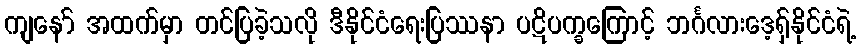
ကျနော် အထက်မှာ တင်ပြခဲ့သလို ဒီနိုင်ငံရေးပြဿနာ ပဋိပက္ခကြောင့် ဘင်္ဂလားဒေ့ရှ်နိုင်ငံရဲ့